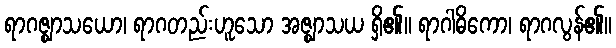
ရာဂဇ္ဈာသယော၊ ရာဂတည်းဟူသော အဇ္ဈာသယ ရှိ၏။ ရာဂါဓိကော၊ ရာဂလွန်၏။